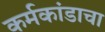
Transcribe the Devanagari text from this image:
कर्मकांडाचा